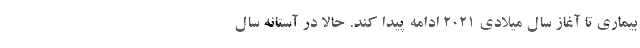
بیماری تا آغاز سال میلادی ۲۰۲۱ ادامه پیدا کند. حالا در آستانه سال